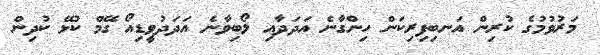
މަރުވުމުގެ ކުރިން އަނބިފިރިކަން ހިންގާނެ އަދަދާއި ލޯބިވާނެ އަދަދުވީޑިއޯ ގޭމް ކުޅޭ ކުދިން